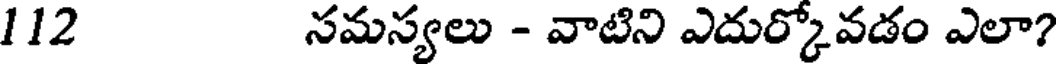
112 సమస్యలు - వాటిని ఎదుర్కోవడం ఎలా?